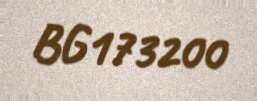
BG173200